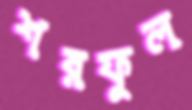
শরফুল